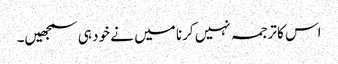
اس کا ترجمہ نہیں کرنا میں نے خود ہی سمجھیں۔